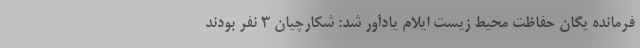
فرمانده یگان حفاظت محیط زیست ایلام یادآور شد: شکارچیان ۳ نفر بودند